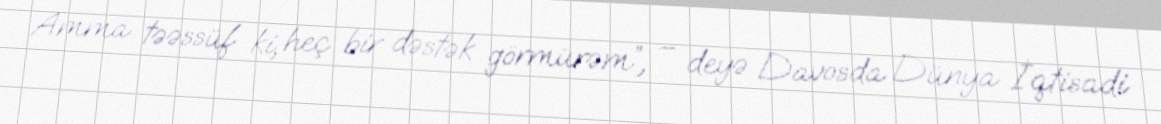
Amma təəssüf ki, heç bir dəstək görmürəm”, – deyə Davosda Dünya İqtisadi